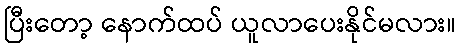
ပြီးတော့ နောက်ထပ် ယူလာပေးနိုင်မလား။